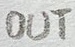
Text: OUT